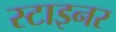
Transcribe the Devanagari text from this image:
स्टाइनर